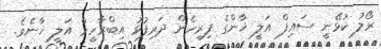
ރޯލު ކުޅޭނީ ސައިފް އަލީ ޚާންގެ ފިރިހެން ދަރިފުޅު އިބްރާހީމް އަލީ ޚާނެވެ.